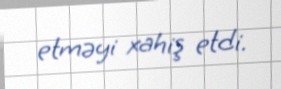
etməyi xahiş etdi.